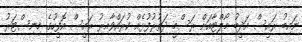
ނައިބު ރައީސް އަދީބު މޯލްޓާއަށް ރަސްމީ ދަތުރުފުޅެއް ކުރައްވާއިރު ރައީސް އޮފީހުގެ މިނިސްޓަރު